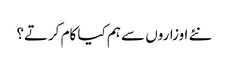
نئے اوزاروں سے ہم کیا کام کرتے؟